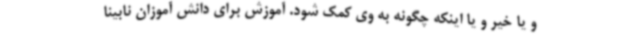
و یا خیر و یا اینکه چگونه به وی کمک شود. آموزش برای دانش آموزان نابینا